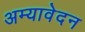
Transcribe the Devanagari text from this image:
अम्यावेदन